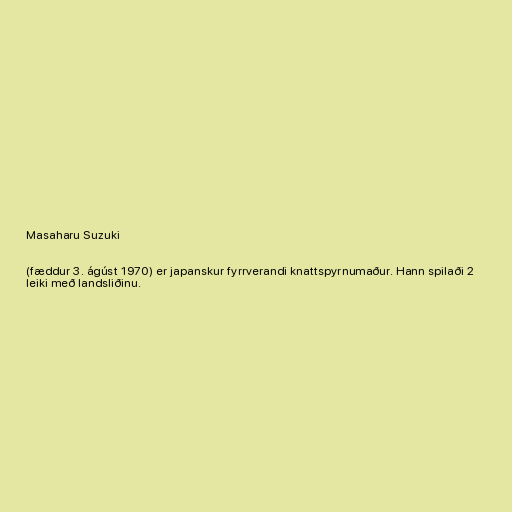
Masaharu Suzuki

(fæddur 3. ágúst 1970) er japanskur fyrrverandi knattspyrnumaður. Hann spilaði 2
leiki með landsliðinu.